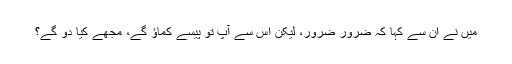
میں نے ان سے کہا کہ ضرور ضرور، لیکن اس سے آپ تو پیسے کماؤ گے، مجھے کیا دو گے؟